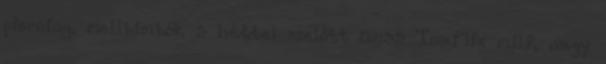
piercing, mellbimbók 3 héttel ezelőtt 09:35 TnaFlix milf, nagy